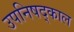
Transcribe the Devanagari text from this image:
उपनिषद्काल